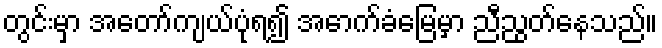
တွင်းမှာ အတော်ကျယ်ပုံရ၍ အောက်ခံမြေမှာ ညီညွတ်နေသည်။